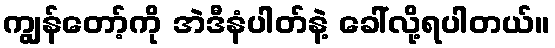
ကျွန်တော့်ကို အဲဒီနံပါတ်နဲ့ ခေါ်လို့ရပါတယ်။